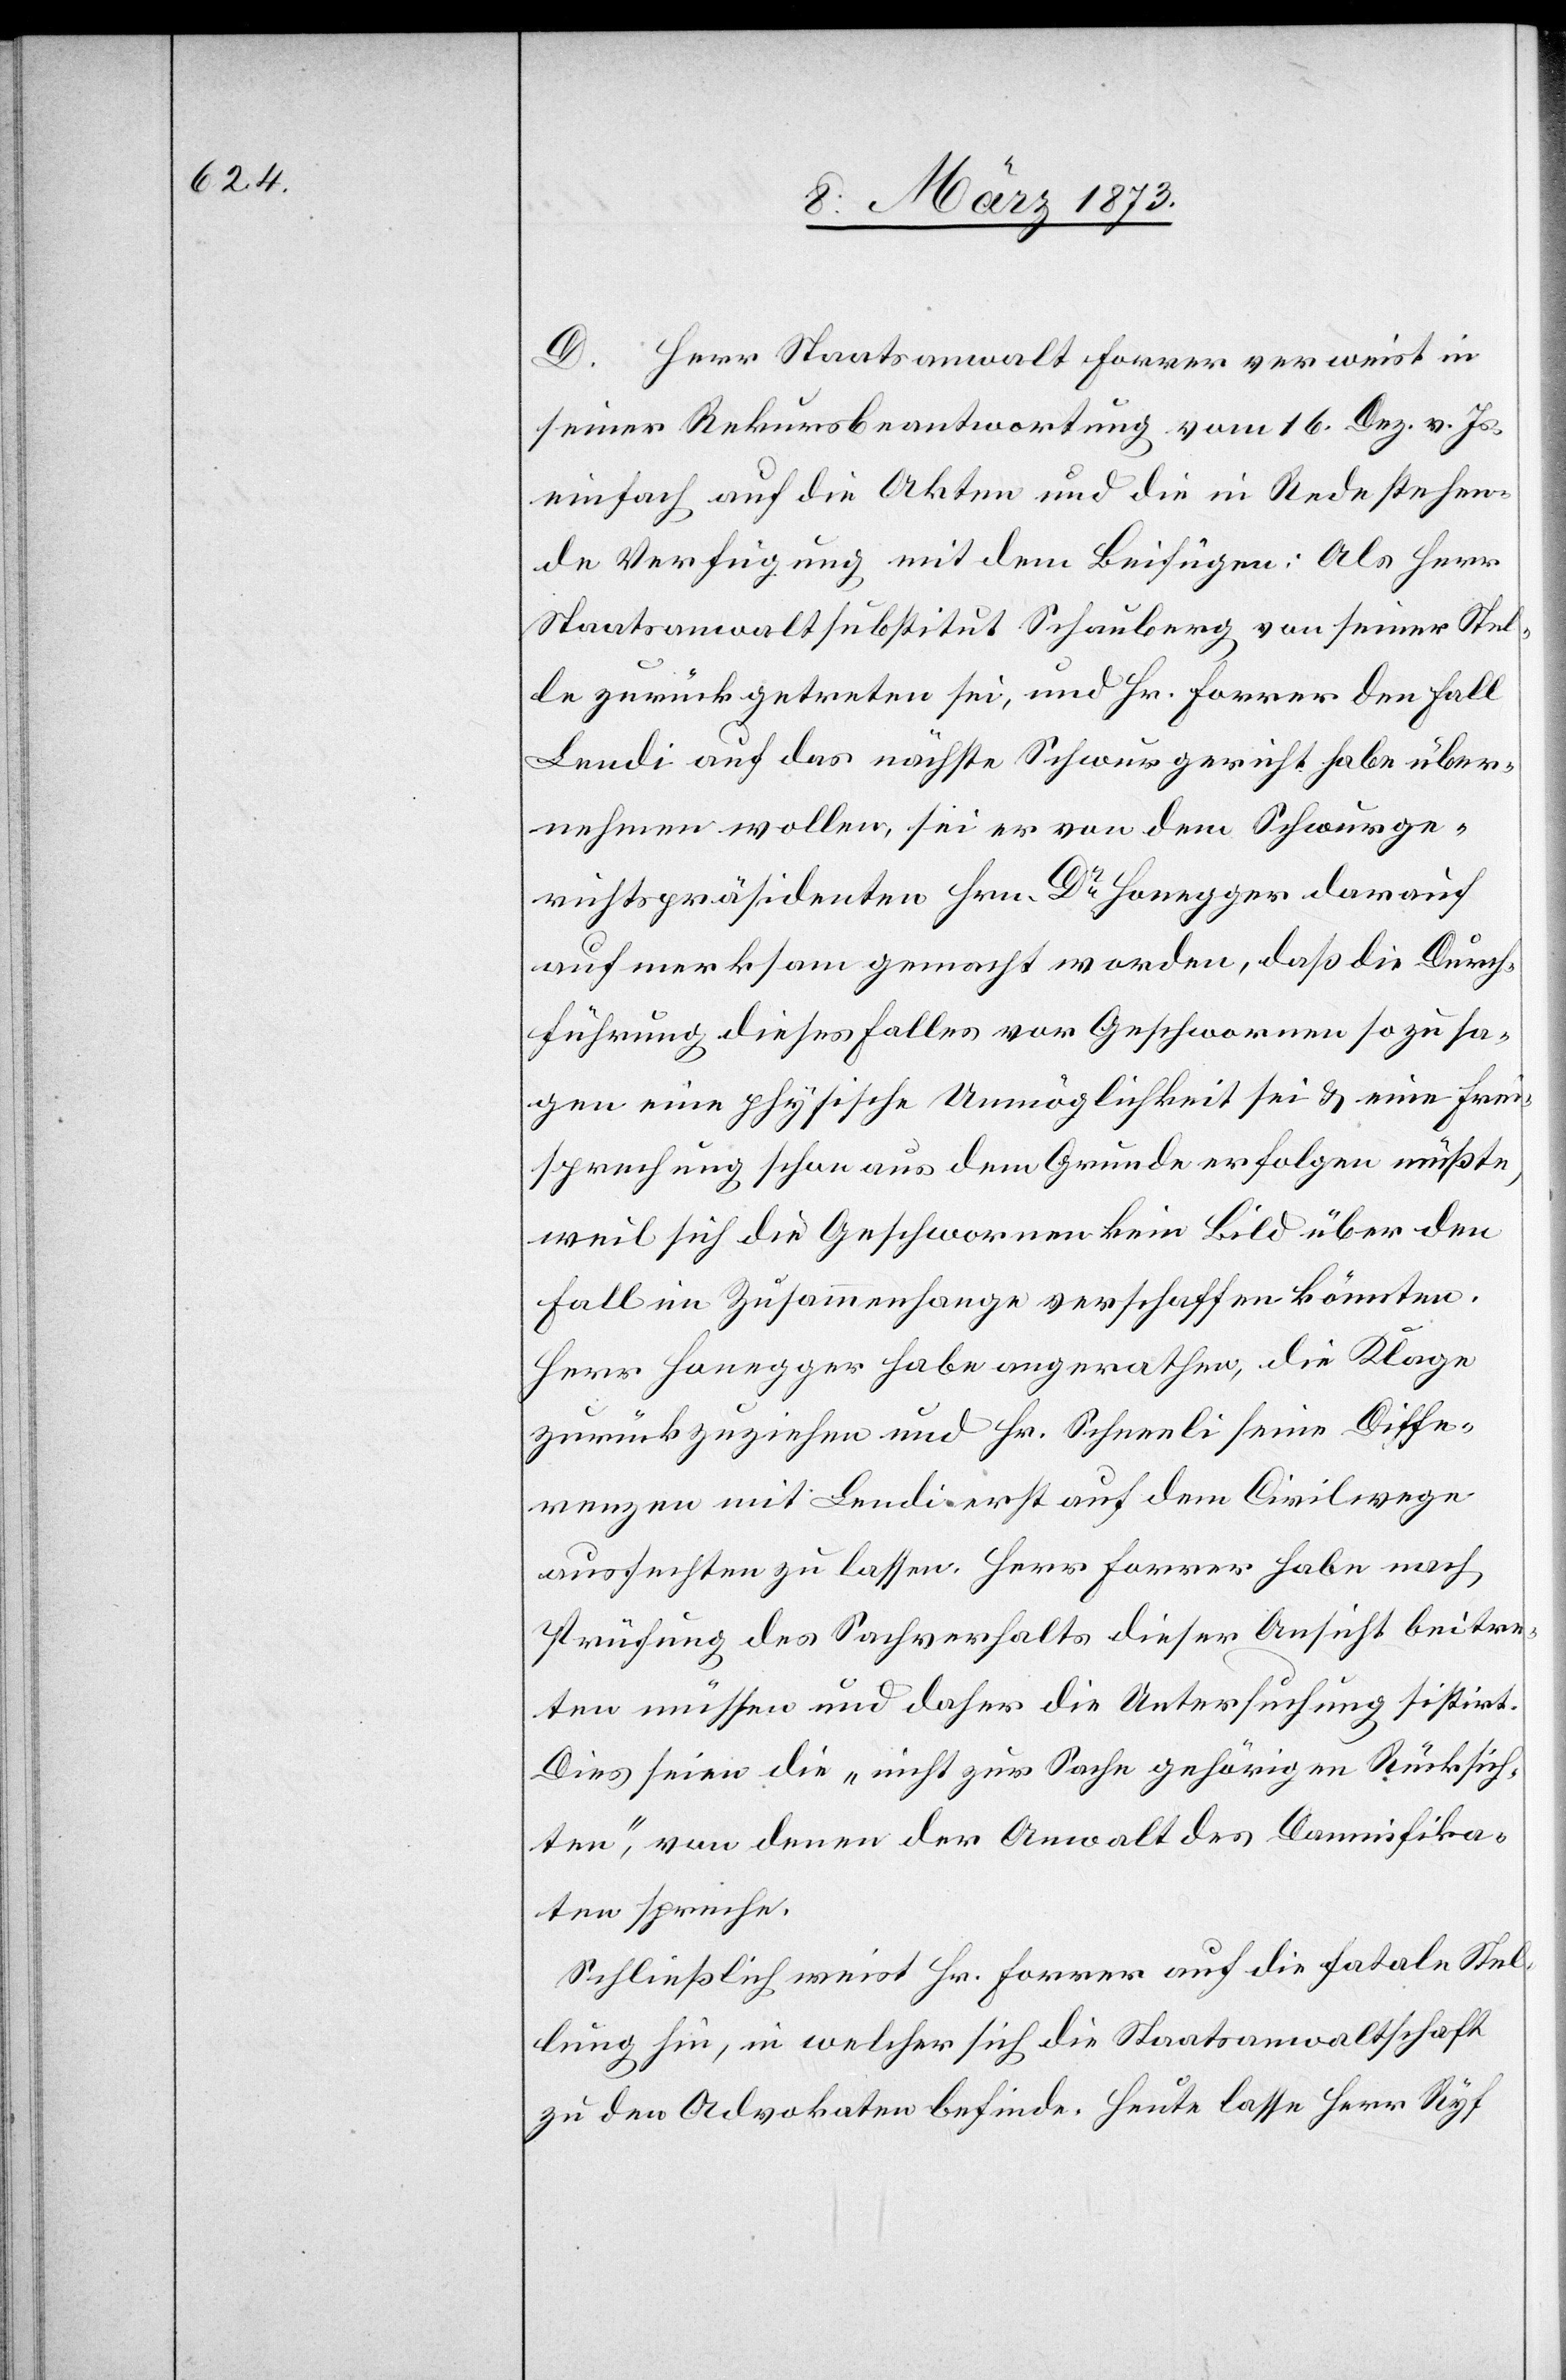
D. Herr Staatsanwalt Forrer verweist in
seiner Rekursbeantwortung vom 16. Dez. v. Js.
einfach auf die Akten und die in Rede stehen¬
de Verfügung mit dem Beifügen: Als Herr
Staatsanwaltsubstitut Schauberg von seiner Stel¬
le zurückgetreten sei, und Hr. Forrer den Fall
Lendi auf das nächste Schwurgericht habe über¬
nehmen wollen, sei er von dem Schwurge¬
richtspräsidenten Hrn. Dr Honegger darauf
aufmerksam gemacht worden, daß die Durch¬
führung dieses Falles vor Geschworenen so zu sa¬
gen eine physische Unmöglichkeit sei u. eine Frei¬
sprechung schon aus dem Grunde erfolgen müßte,
weil sich die Geschworenen kein Bild über den
Fall im Zusammenhange verschaffen könnten.
Herr Honegger habe angerathen, die Klage
zurückzuziehen und Hr. Schneeli seine Diffe¬
renzen mit Lendi erst auf dem Civilwege
ausfechten zu lassen. Herr Forrer habe nach
Prüfung des Sachverhalts dieser Ansicht beitre¬
ten müssen und daher die Untersuchung sistirt.
Dies seien die „nicht zur Sache gehörigen Rücksich¬
ten“, von denen der Anwalt des Damnifika¬
ten spreche.
Schließlich weist Hr. Forrer auf die fatale Stel¬
lung hin, in welcher sich die Staatsanwaltschaft
zu den Advokaten befinde. Heute lasse Herr Ryf